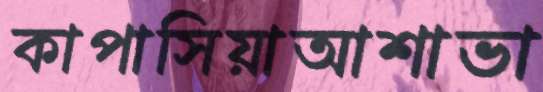
কাপাসিয়াআশাভা